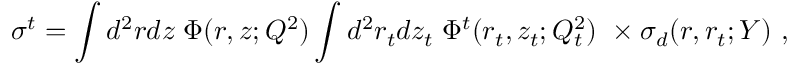
\sigma ^ { t } = \int d ^ { 2 } r d z \; \Phi ( r , z ; Q ^ { 2 } ) \int d ^ { 2 } r _ { t } d z _ { t } \; \Phi ^ { t } ( r _ { t } , z _ { t } ; Q _ { t } ^ { 2 } ) \ \times \sigma _ { d } ( r , r _ { t } ; Y ) \ ,